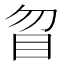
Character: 䀜